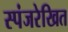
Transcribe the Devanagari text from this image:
स्पंजरेखित